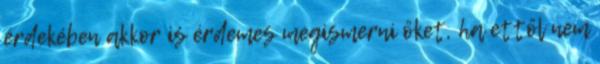
érdekében akkor is érdemes megismerni őket, ha ettől nem